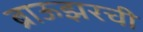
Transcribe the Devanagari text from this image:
ब्राऊझरची